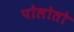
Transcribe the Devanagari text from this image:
पोलोतो